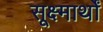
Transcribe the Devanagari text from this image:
सूक्ष्मार्थों